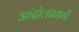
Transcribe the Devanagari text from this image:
आंदोलनधर्मी